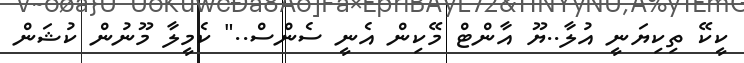
ކީކޭ ތިކިޔަނީ އުލާ..ޔޫ އާންޓް މޭކިން އެނީ ސެންސް.." ކެމީލާ މޫނުން ކުޝަން